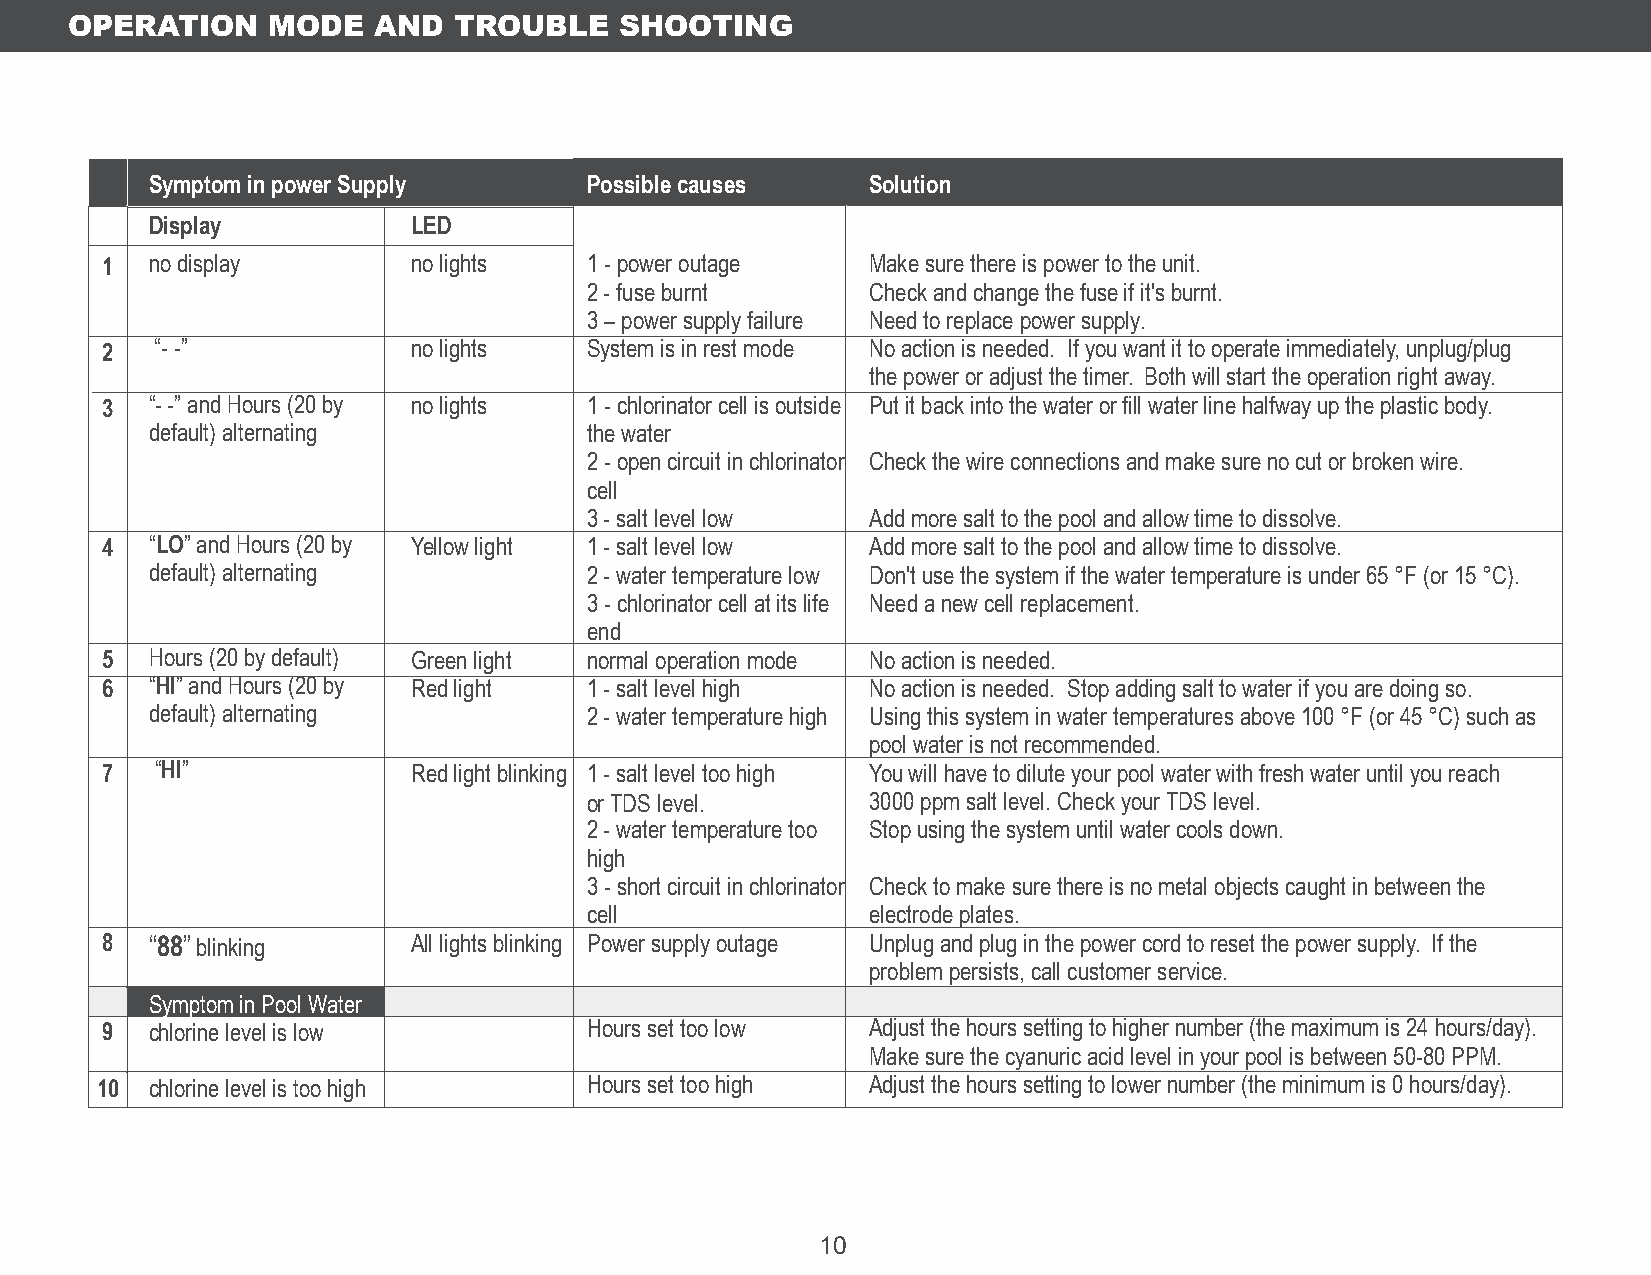
OPERATION    MODE   AND  TROUBLE    SHOOTING
 Symptom in power Supply      Possible causes   Solution
 Display          LED
 1  no display       no lights   1 - power outage  Make sure there is power to the unit.
 2 - fuse burnt    Check and change the fuse if it's burnt.
 3 – power supply failure Need to replace power supply.
 2  “- -”            no lights   System is in rest mode No action is needed. If you want it to operate immediately, unplug/plug
 the power or adjust the timer. Both will start the operation right away.
 3  “- -” and Hours (20 by no lights 1 - chlorinator cell is outside Put it back into the water or fill water line halfway up the plastic body.
 default) alternating         the water
 2 - open circuit in chlorinator Check the wire connections and make sure no cut or broken wire.
 cell
 3 - salt level low Add more salt to the pool and allow time to dissolve.
 4  “LO” and Hours (20 by Yellow light 1 - salt level low Add more salt to the pool and allow time to dissolve.
 default) alternating         2 - water temperature low Don't use the system if the water temperature is under 65 °F (or 15 °C).
 3 - chlorinator cell at its life Need a new cell replacement.
 end
 5  Hours (20 by default) Green light normal operation mode No action is needed.
 6  “HI” and Hours (20 by Red light 1 - salt level high No action is needed. Stop adding salt to water if you are doing so.
 default) alternating         2 - water temperature high Using this system in water temperatures above 100 °F (or 45 °C) such as
 pool water is not recommended.
 7  “HI”             Red light blinking 1 - salt level too high You will have to dilute your pool water with fresh water until you reach
 or TDS level.     3000 ppm salt level. Check your TDS level.
 2 - water temperature too Stop using the system until water cools down.
 high
 3 - short circuit in chlorinator Check to make sure there is no metal objects caught in between the
 cell              electrode plates.
 8  “88” blinking    All lights blinking Power supply outage Unplug and plug in the power cord to reset the power supply. If the
 problem persists, call customer service.
 Symptom in Pool Water
 9  chlorine level is low        Hours set too low Adjust the hours setting to higher number (the maximum is 24 hours/day).
 Make sure the cyanuric acid level in your pool is between 50-80 PPM.
 10  chlorine level is too high   Hours set too high Adjust the hours setting to lower number (the minimum is 0 hours/day).
 10